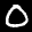
Label: 0